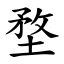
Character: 堥